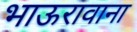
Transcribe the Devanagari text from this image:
भाऊरावाना